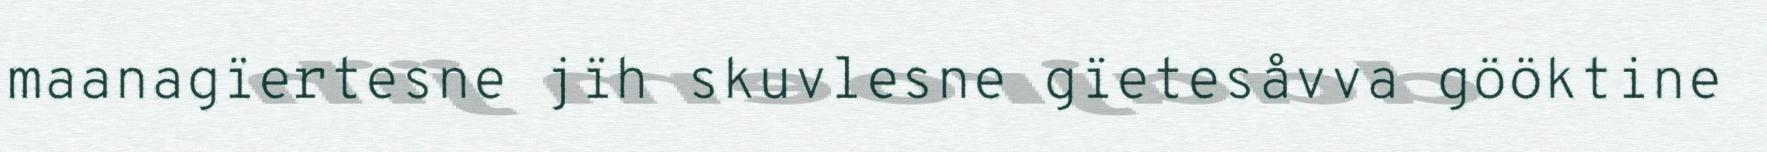
maanagïertesne jïh skuvlesne gïetesåvva gööktine